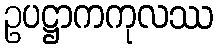
ဥပဋ္ဌာကကုလဿ